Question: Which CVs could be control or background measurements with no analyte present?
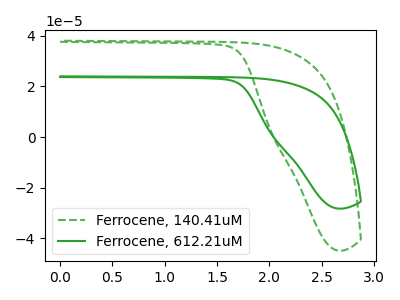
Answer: <think>The green dashed curve "Ferrocene, 140.41uM" has no peaks. The green curve "Ferrocene, 612.21uM" has no peaks.</think>
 <answer>"Ferrocene, 140.41uM" and "Ferrocene, 612.21uM" are likely to be blanks.</answer>
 <eval>"Ferrocene, 140.41uM", "Ferrocene, 612.21uM"</eval>